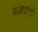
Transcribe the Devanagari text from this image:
पांड्यांची